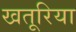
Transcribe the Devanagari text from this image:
खतूरिया